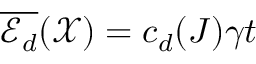
\overline { { \mathscr { E } _ { d } } } ( \mathcal { X } ) = c _ { d } ( J ) \gamma t